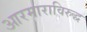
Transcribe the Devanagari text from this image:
आरमाराविरुद्ध